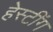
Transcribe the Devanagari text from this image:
हेस्टींग